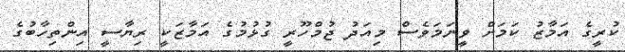
ކުރީގެ އަމާޒު ކަމަށް ވީނަމަވެސް މިއަދު ޖުމްހޫރީ ގުޅުމުގެ އަމާޒަކީ ރިޔާސީ އިންތިހާބުގެ